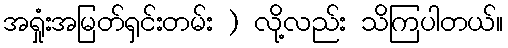
အရှုံးအမြတ်ရှင်းတမ်း ) လို့လည်း သိကြပါတယ်။